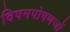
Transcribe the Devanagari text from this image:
विषमपोषणजों